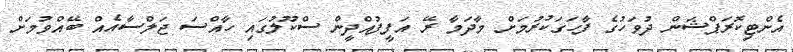
އެންޓިކޮރަޕްޝަން ދުވަހުގެ ފާހަގަކުރުމަށް މާދަމާ ރޭ އަފީފުއްދީން ސްކޫލުގައި ހާއްސަ ޖަލްސާއެއް ބޭއްވުމަށް